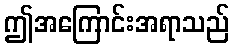
ဤအကြောင်းအရာသည်